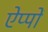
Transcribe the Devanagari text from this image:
ऐप्पों